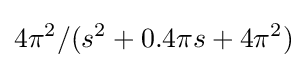
4\pi ^{2}/(s^{2}+0.4\pi s+4\pi ^{2})